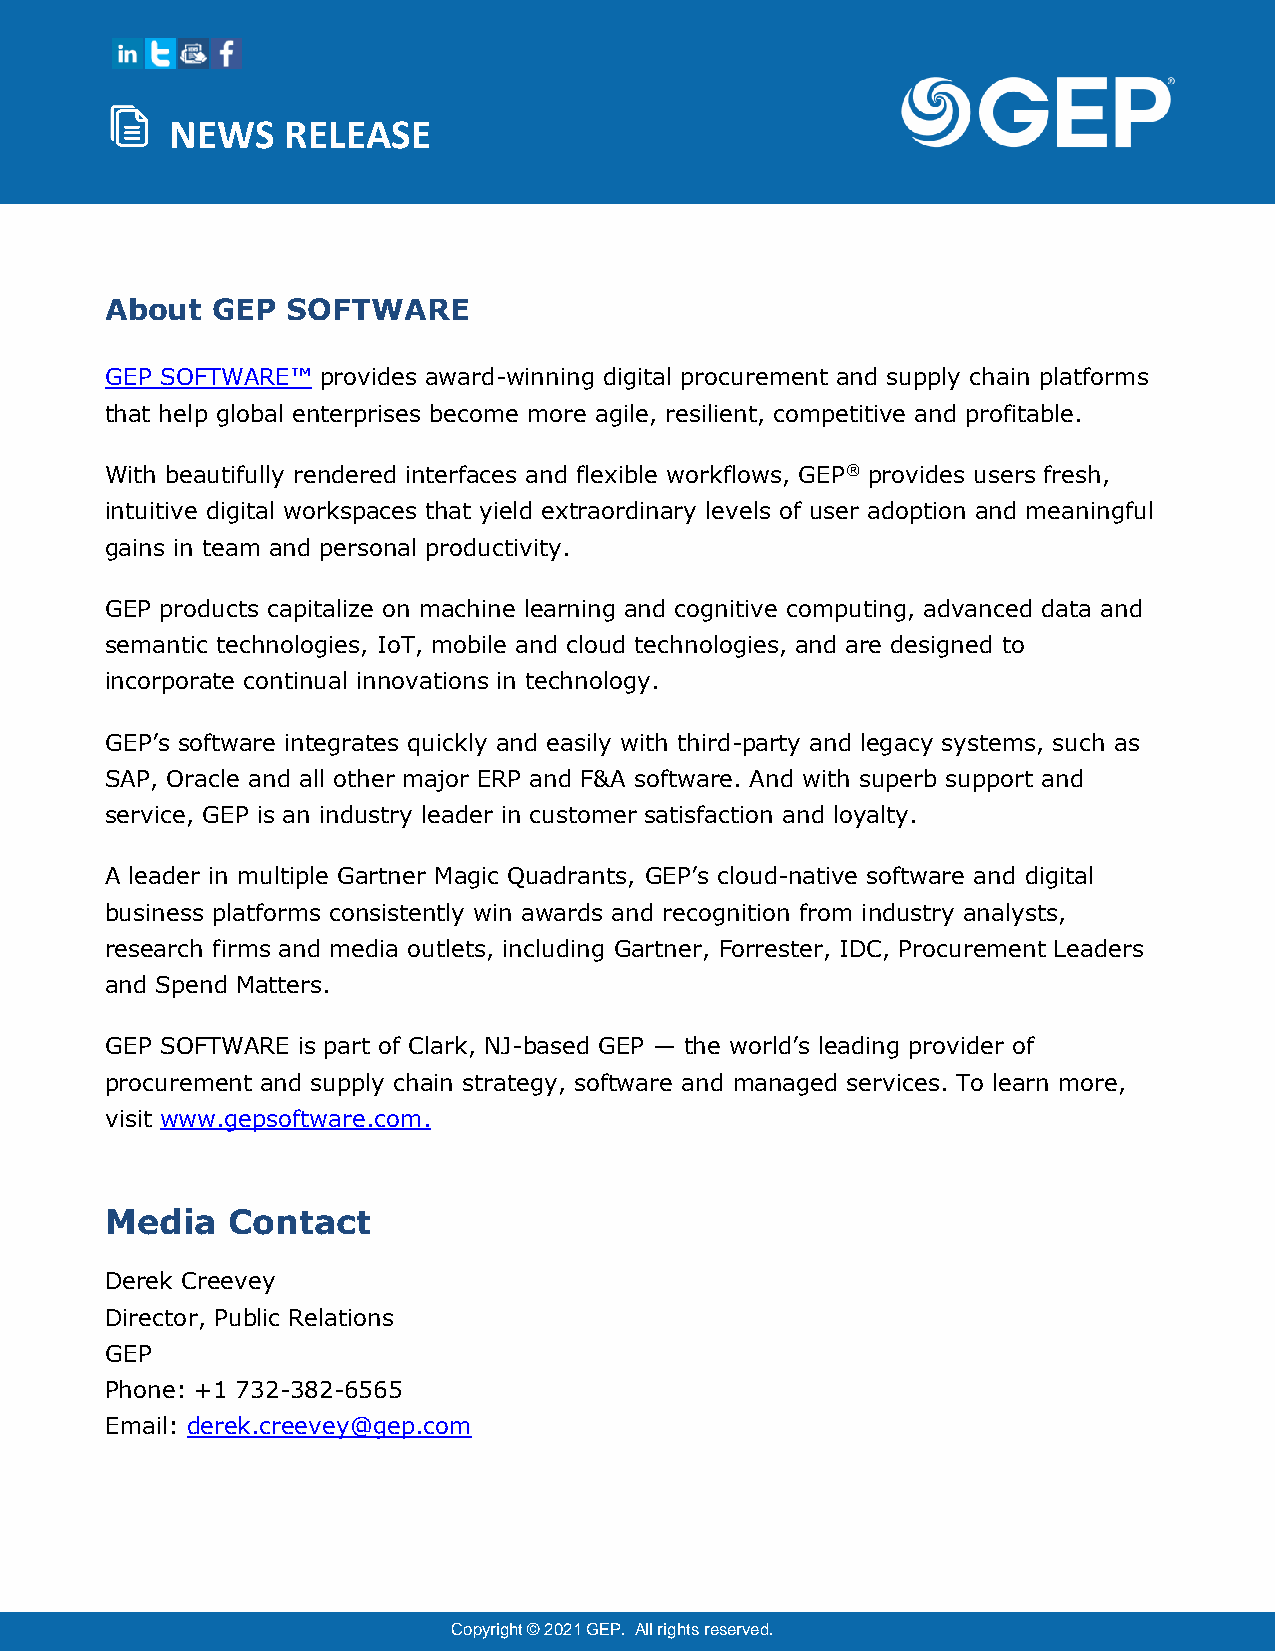
NEWS    RELEASE
 About  GEP  SOFTWARE
 GEP SOFTWARE™ provides award-winning digital procurement and supply chain platforms
 that help global enterprises become more agile, resilient, competitive and profitable.
 With beautifully rendered interfaces and flexible workflows, GEP® provides users fresh,
 intuitive digital workspaces that yield extraordinary levels of user adoption and meaningful
 gains in team and personal productivity.
 GEP products capitalize on machine learning and cognitive computing, advanced data and
 semantic technologies, IoT, mobile and cloud technologies, and are designed to
 incorporate continual innovations in technology.
 GEP’s software integrates quickly and easily with third-party and legacy systems, such as
 SAP, Oracle and all other major ERP and F&A software. And with superb support and
 service, GEP is an industry leader in customer satisfaction and loyalty.
 A leader in multiple Gartner Magic Quadrants, GEP’s cloud-native software and digital
 business platforms consistently win awards and recognition from industry analysts,
 research firms and media outlets, including Gartner, Forrester, IDC, Procurement Leaders
 and Spend Matters.
 GEP SOFTWARE is part of Clark, NJ-based GEP — the world’s leading provider of
 procurement and supply chain strategy, software and managed services. To learn more,
 visit www.gepsoftware.com.
 Media   Contact
 Derek Creevey
 Director, Public Relations
 GEP
 Phone: +1 732-382-6565
 Email: derek.creevey@gep.com
 Copyright © 2021 GEP. All rights reserved.